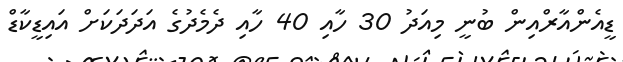
ޑީއެންއާރްއިން ބުނީ މިއަދު 30 ހާއި 40 ހާއި ދެމެދުގެ އަދަދަކަށް އައިޑީކާޑް